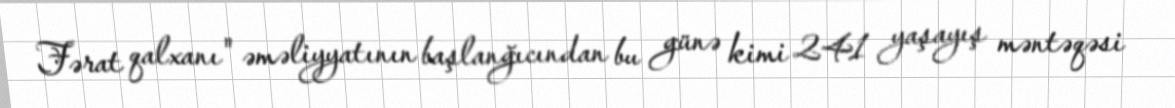
Fərat qalxanı" əməliyyatının başlanğıcından bu günə kimi 241 yaşayış məntəqəsi